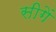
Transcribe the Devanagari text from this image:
सीगें